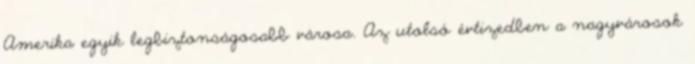
Amerika egyik legbiztonságosabb városa. Az utolsó évtizedben a nagyvárosok